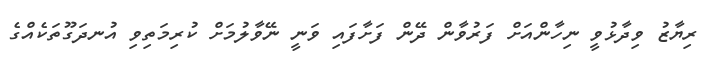
ރިޔާޒު ވިދާޅުވީ ނިހާންއަށް ފަރުވާން ދޭން ފަށާފައި ވަނީ ނޭވާލުމަށް ކުރިމަތިވި އުނދަގޫތަކެއްގެ